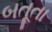
બતૂતા